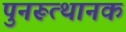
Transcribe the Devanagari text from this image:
पुनरूत्थानक